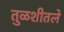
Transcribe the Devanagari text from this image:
तुळशीतले